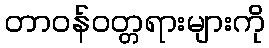
တာဝန်ဝတ္တရားများကို